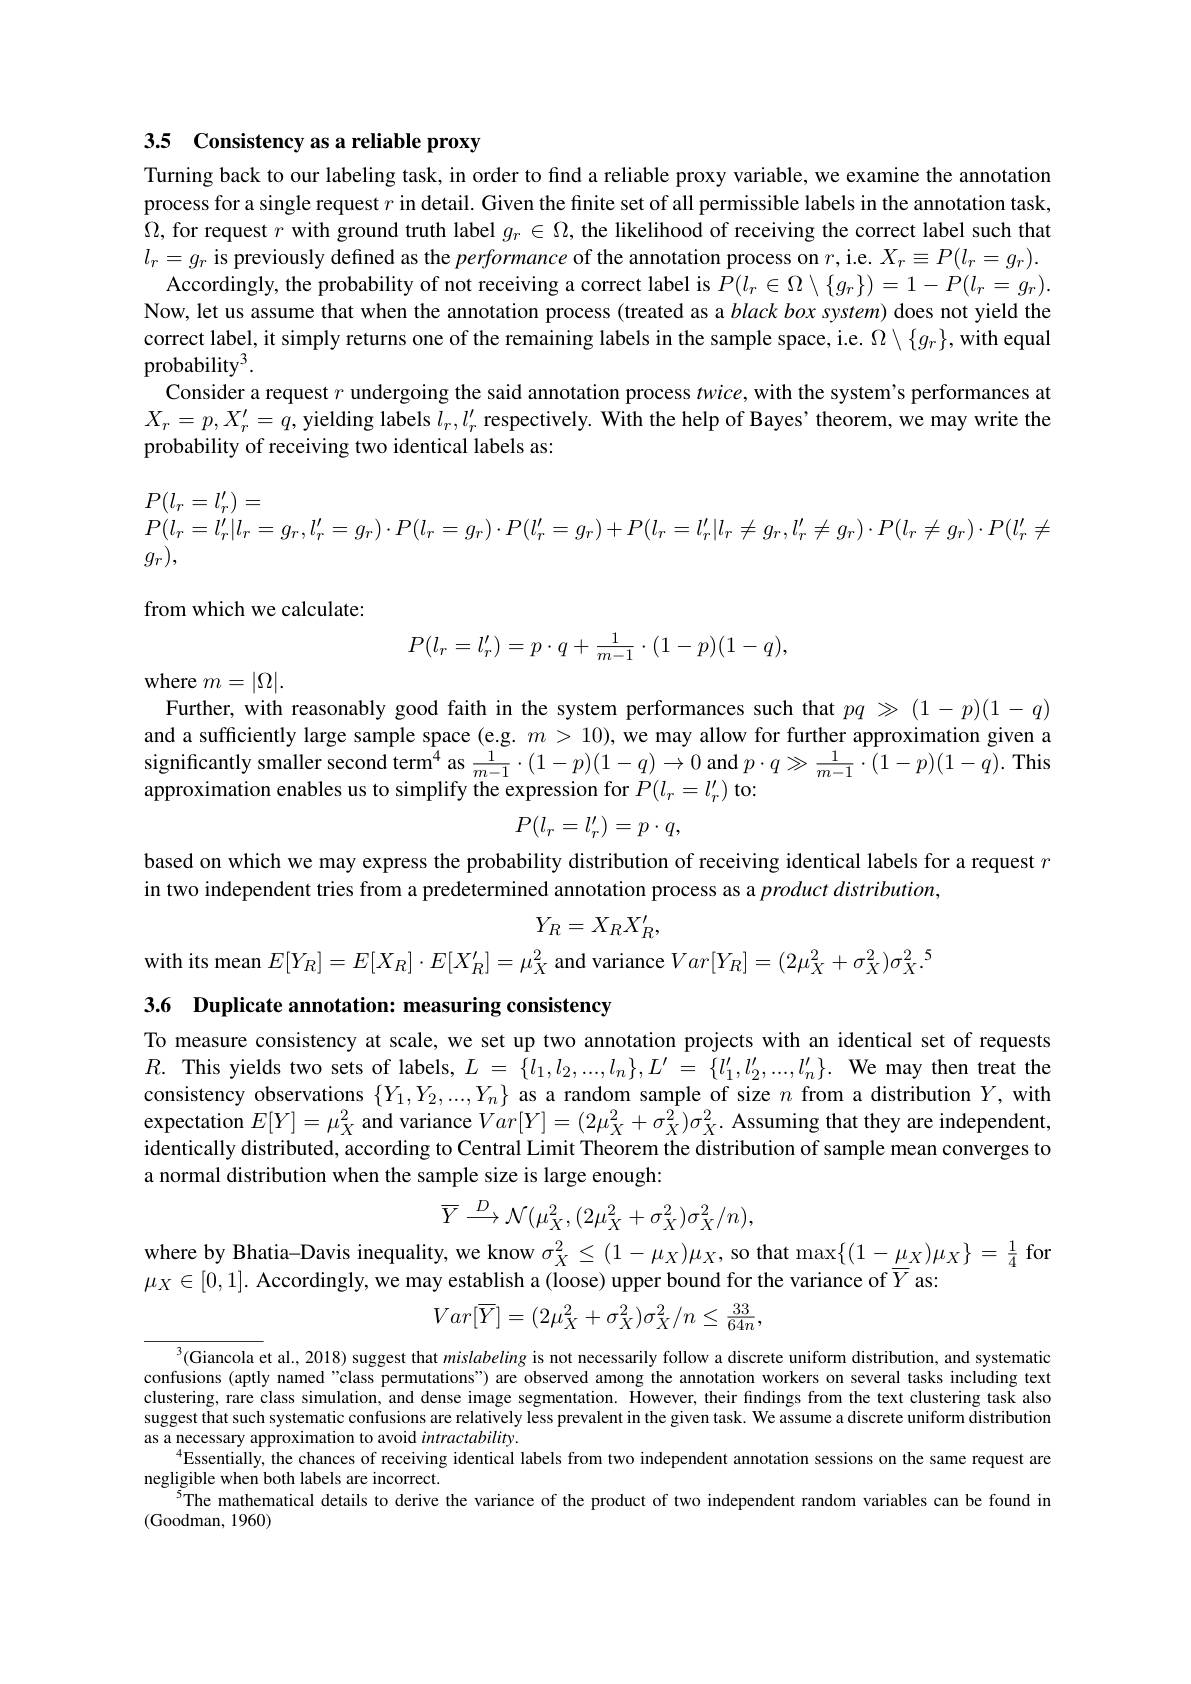
3.5 Consistency as a reliable proxy

Turning back to our labeling task, in order to fınd a reliable proxy variable, we examine the annotation process for a single request $r$ in detail. Given the finite set of all permissible labels in the annotation task, $\Omega$, for request $r$ with ground truth label $g_r\in\Omega$, the likelihood of receiving the correct label such that $l_r=g_r$ is previously defned as the performance of the annotation process on $r$,i.e. $X_r\equiv P(l_r=g_r).$
Accordingly, the probability of not receiving a correct label is $P(l_r\in\Omega\setminus\{g_r\})=1-P(l_r=g_r).$ Now, let us assume that when the annotation process (treated as a $black\textit{box system) does not yield the}$ correct label, it simply returns one of the remaining labels in the sample space, i.e. $\Omega\setminus\{g_r\}$, with equal probability$^3.$
Consider a request $r$ undergoing the said annotation process $twice$, with the system's performances at $X_r=p,X_r^{\prime}=q$, yielding labels $l_r,l_r^{\prime}$ respectively. With the help of Bayes' theorem, we may write the probability of receiving two identical labels as:
$$\begin{array}{l}P(l_r=l_r')=\\P(l_r=l_r'|l_r=g_r,l_r'=g_r)\cdot P(l_r=g_r)\cdot P(l_r'=g_r)+P(l_r=l_r'|l_r\neq g_r,l_r'\neq g_r)\cdot P(l_r\neq g_r)\cdot P(l_r'\neq g_r)\\g_r),\end{array}$$
from which we calculate:
$$P(l_r=l_r')=p\cdot q+\frac{1}{m-1}\cdot(1-p)(1-q),$$
where $m=|\Omega|.$
Further, with reasonably good faith in the system performances such that $pq\gg(1-p)(1-q)$ and a sufficiently large sample space (e.g. $m>10)$, we may allow for further approximation given a significantly smaller second term$^4$ as $\frac1{m-1}\cdot(1-p)(1-q)\to0$ and $p\cdot q\gg\frac1{m-1}\cdot(1-p)(1-q).$ This approximation enables us to simplify the expression for $P(l_r=l_r^{\prime})$ to:
$$P(l_r=l_r')=p\cdot q,$$
based on which we may express the probability distribution of receiving identical labels for a request $r$
in two independent tries from a predetermined annotation process as a product distribution,
$$Y_R=X_RX_R^{\prime},$$
with its mean $E[Y_R]=E[X_R]\cdot E[X_R^{\prime}]=\mu_X^2$ and variance $Var[Y_R]=(2\mu_X^2+\sigma_X^2)\sigma_X^2.^5$

3.6 Duplicate annotation: measuring consistency

To measure consistency at scale, we set up two annotation projects with an identical set of requests $R.$ This yields two sets of labels, $L=\{l_1,l_2,...,l_n\},L^{\prime}=\{l_1^{\prime},l_2^{\prime},...,l_n^{\prime}\}.$ We may then treat the consistency observations $\{Y_1,Y_2,...,Y_n\}$ as a random sample of size $n$ from a distribution $Y$, with expectation $E[Y]=\mu_X^2$ and variance $Var[Y]=(2\mu_X^2+\sigma_X^2)\sigma_X^2.$ Assuming that they are independent, identically distributed, according to Central Limit Theorem the distribution of sample mean converges to a normal distribution when the sample size is large enough:
$$\overline{Y}\xrightarrow{D}\mathcal{N}(\mu_{X}^{2},(2\mu_{X}^{2}+\sigma_{X}^{2})\sigma_{X}^{2}/n),$$
where by Bhatia-Davis inequality, we know $\sigma_X^2\leq(1-\mu_X)\mu_X$, so that max$\{(1-\mu_X)\mu_X\}=\frac14$ fon
$\mu_X\in[0,1].$ Accordingly, we may establish a(loose) upper bound for the variance of $\overline{Y}$ as:
$$Var[\overline{Y}]=(2\mu_{X}^{2}+\sigma_{X}^{2})\sigma_{X}^{2}/n\leq\frac{33}{64n},$$
$^{3}($Giancola et al., 2018) suggest that mislabeling is not necessarily follow a discrete uniform distribution, and systematic confusions (aptly named "class permutations") are observed among the annotation workers on several tasks including text clustering, rare class simulation, and dense image segmentation. $\tilde{\text{However,their findingsfrom the text clustering task also}}$ suggest that such systematic confusions are relatively less prevalent in the given task. We assume a discrete uniform distribution as a necessary approximation to avoid $intractability.$
$^{4}$Essentially, the chances of receiving identical labels from two independent annotation sessions on the same request are
negligible when both labels are incorrect.
$^{5}$The mathematical details to derive the variance of the product of two independent random variables can be found in
(Goodman, 1960)